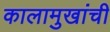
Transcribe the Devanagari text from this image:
कालामुखांची